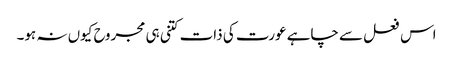
اس فعل سے چاہے عورت کی ذات کتنی ہی مجروح کیوں نہ ہو۔